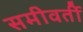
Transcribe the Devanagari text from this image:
समीवर्ती